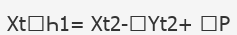
XtҺ1= Xt2-Yt2+ P